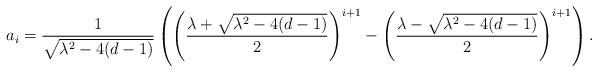
LaTeX: \begin{align*}a_i = \frac{1}{\sqrt{\lambda^2 - 4(d-1)}}\left(\left(\frac{\lambda+\sqrt{\lambda^2-4(d-1)}}{2}\right)^{i+1} -\left(\frac{\lambda-\sqrt{\lambda^2-4(d-1)}}{2}\right)^{i+1}\right). \end{align*}